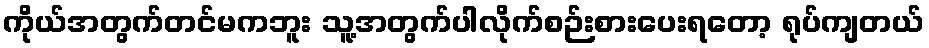
ကိုယ်အတွက်တင်မကဘူး သူ့အတွက်ပါလိုက်စဉ်းစားပေးရတော့ ရုပ်ကျတယ်